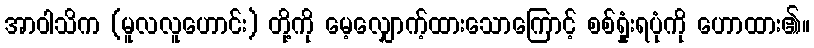
အာဝါသိက (မူလလူဟောင်း) တို့ကို မေ့လျှောက့်ထားသောကြောင့် စစ်ရှုံးရပုံကို ဟောထား၏။